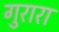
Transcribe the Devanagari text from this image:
गुरारा